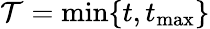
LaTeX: \mathcal{T}=\operatorname*{min}\{ t,t_{\operatorname*{max}}\}